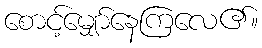
စောင့်မျှော်နေကြလေ၏။